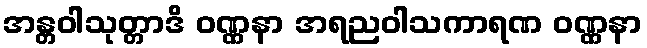
အန္တဝါသုတ္တာဒိ ဝဏ္ဏနာ အရညဝါသကာရဏ ဝဏ္ဏနာ